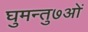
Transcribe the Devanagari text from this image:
घुमन्तु७ओं